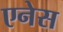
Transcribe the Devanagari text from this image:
एनेस